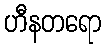
ဟီနတရော